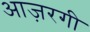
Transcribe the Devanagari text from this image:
आज़रगी